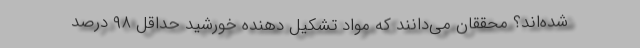
شده‌اند؟ محققان می‌دانند که مواد تشکیل دهنده خورشید حداقل ۹۸ درصد